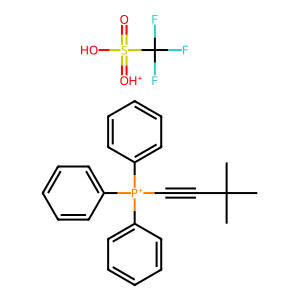
SMILES: CC(C)(C)C#C[P+](c1ccccc1)(c1ccccc1)c1ccccc1.O=S(O)(=[OH+])C(F)(F)F
Inhibits HIV replication: No